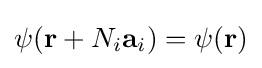
\psi (\mathbf {r} +N_{i}\mathbf {a} _{i})=\psi (\mathbf {r} )